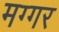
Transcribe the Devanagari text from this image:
मग्गर